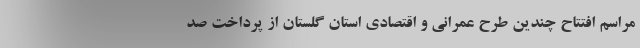
مراسم ‌افتتاح چندین طرح عمرانی و اقتصادی استان گلستان‌ از پرداخت صد